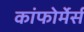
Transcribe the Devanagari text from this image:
कांफोर्मेर्स